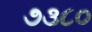
૭૩૮૦